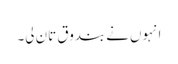
انہوں نے بندوق تان لی۔